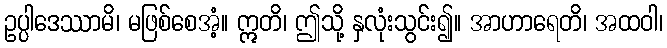
ဥပ္ပါဒေဿာမိ၊ မဖြစ်စေအံ့။ ဣတိ၊ ဤသို့ နှလုံးသွင်း၍။ အာဟာရေတိ၊ အထဝါ၊